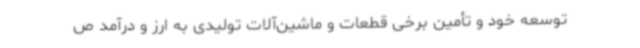
توسعه خود و تأمین برخی قطعات و ماشین‌آلات تولیدی به ارز و درآمد ص